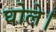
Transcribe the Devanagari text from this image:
घोले।